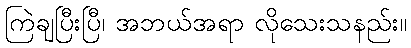
ကြဲချပြီးပြီ၊ အဘယ်အရာ လိုသေးသနည်း။